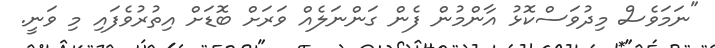
"ނަމަވެސް މިދުވަސްކޮޅު އާންމުން ފެން ގަންނަލެއް ވަރަށް ބޮޑަށް އިތުރުވެފައި މި ވަނީ.